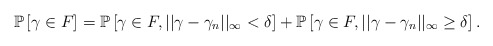
\begin{align*}\mathbb{P}\left[\gamma \in F\right] = \mathbb{P}\left[\gamma\in F, ||\gamma-\gamma_{n}||_{\infty} < \delta \right] + \mathbb{P}\left[\gamma\in F, ||\gamma-\gamma_{n}||_{\infty} \ge \delta \right].\end{align*}